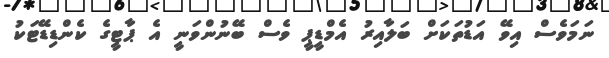
ނަމަވެސް އިވޭ އަޑުތަކަށް ބަލާއިރު އެމްޑީޕީ ވެސް ބޭނުންވަނީ އެ ޕާޓީގެ ކެންޑިޑޭޓަކު